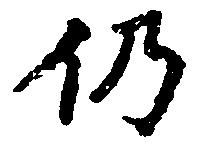
仍